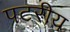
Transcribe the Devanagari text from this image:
पटरीय